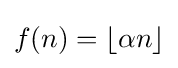
f(n)=\lfloor \alpha n\rfloor